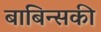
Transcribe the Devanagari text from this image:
बाबिन्सकी